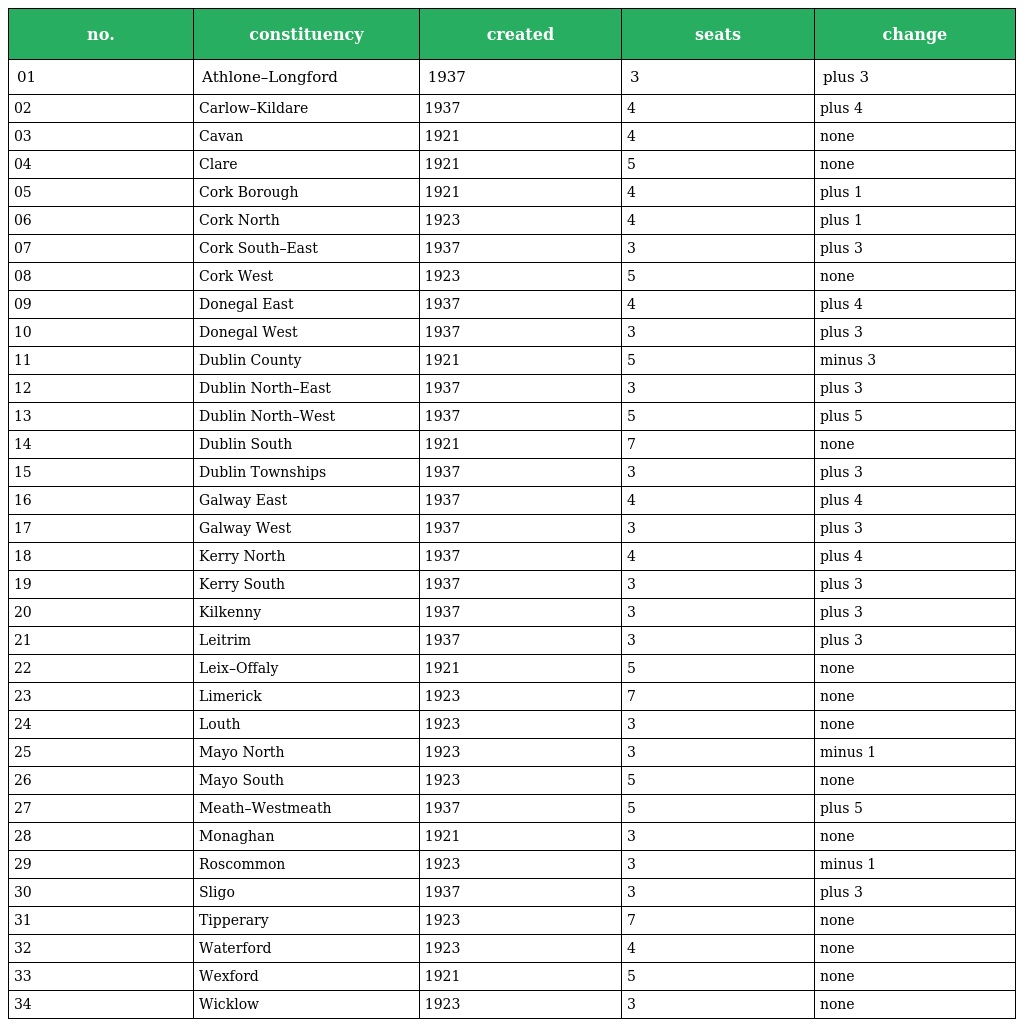
| no. | constituency | created | seats | change |
 | --- | --- | --- | --- | --- |
 | 01 | Athlone–Longford | 1937 | 3 | plus 3 |
 | 02 | Carlow–Kildare | 1937 | 4 | plus 4 |
 | 03 | Cavan | 1921 | 4 | none |
 | 04 | Clare | 1921 | 5 | none |
 | 05 | Cork Borough | 1921 | 4 | plus 1 |
 | 06 | Cork North | 1923 | 4 | plus 1 |
 | 07 | Cork South–East | 1937 | 3 | plus 3 |
 | 08 | Cork West | 1923 | 5 | none |
 | 09 | Donegal East | 1937 | 4 | plus 4 |
 | 10 | Donegal West | 1937 | 3 | plus 3 |
 | 11 | Dublin County | 1921 | 5 | minus 3 |
 | 12 | Dublin North–East | 1937 | 3 | plus 3 |
 | 13 | Dublin North–West | 1937 | 5 | plus 5 |
 | 14 | Dublin South | 1921 | 7 | none |
 | 15 | Dublin Townships | 1937 | 3 | plus 3 |
 | 16 | Galway East | 1937 | 4 | plus 4 |
 | 17 | Galway West | 1937 | 3 | plus 3 |
 | 18 | Kerry North | 1937 | 4 | plus 4 |
 | 19 | Kerry South | 1937 | 3 | plus 3 |
 | 20 | Kilkenny | 1937 | 3 | plus 3 |
 | 21 | Leitrim | 1937 | 3 | plus 3 |
 | 22 | Leix–Offaly | 1921 | 5 | none |
 | 23 | Limerick | 1923 | 7 | none |
 | 24 | Louth | 1923 | 3 | none |
 | 25 | Mayo North | 1923 | 3 | minus 1 |
 | 26 | Mayo South | 1923 | 5 | none |
 | 27 | Meath–Westmeath | 1937 | 5 | plus 5 |
 | 28 | Monaghan | 1921 | 3 | none |
 | 29 | Roscommon | 1923 | 3 | minus 1 |
 | 30 | Sligo | 1937 | 3 | plus 3 |
 | 31 | Tipperary | 1923 | 7 | none |
 | 32 | Waterford | 1923 | 4 | none |
 | 33 | Wexford | 1921 | 5 | none |
 | 34 | Wicklow | 1923 | 3 | none |